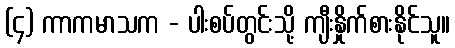
(၄) ကာကမာသက - ပါးစပ်တွင်းသို့ ကျီးနှိုက်စားနိုင်သူ။